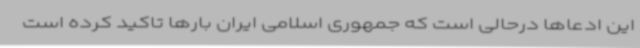
این ادعاها درحالی است که جمهوری اسلامی ایران بارها تاکید کرده است